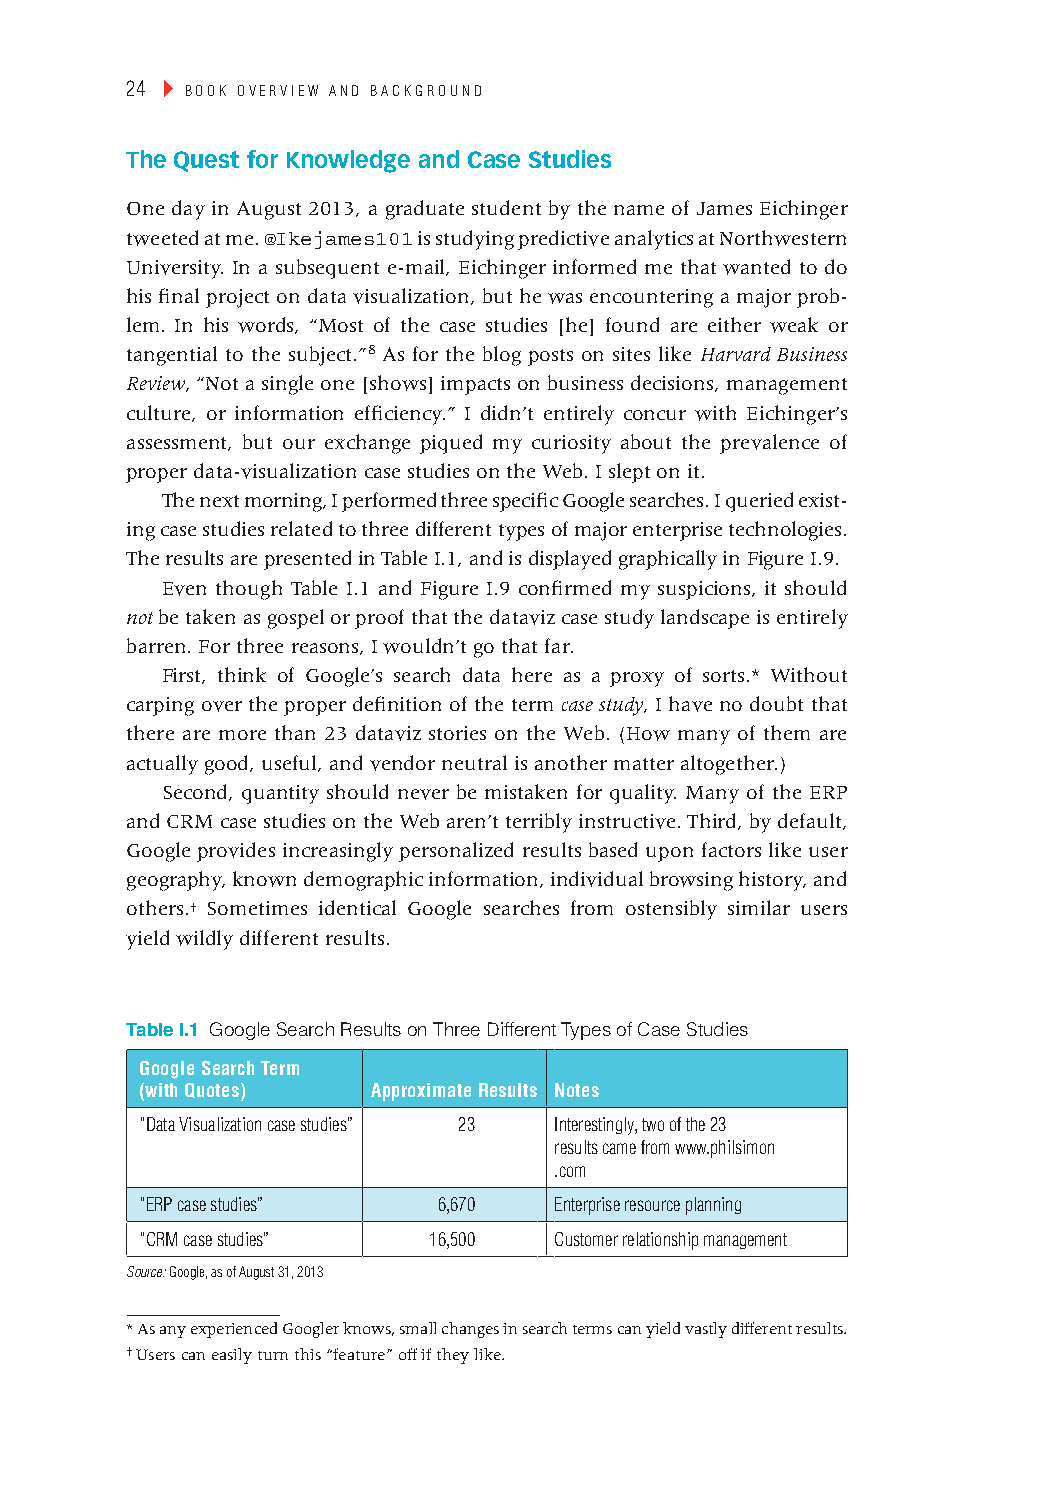
24 ▸ Book overview and Background
 the Quest for knowledge and case studies
 One day in August 2013, a graduate student by the name of James Eichinger
 tweeted at me. @Ikejames101 is studying predictive analytics at Northwestern
 University. In a subsequent e-mail, Eichinger informed me that wanted to do
 his final project on data visualization, but he was encountering a major prob-
 lem. In his words, “Most of the case studies [he] found are either weak or
 tangential to the subject.”8 As for the blog posts on sites like Harvard Business
 Review, “Not a single one [shows] impacts on business decisions, management
 culture, or information efficiency.” I didn’t entirely concur with Eichinger’s
 assessment, but our exchange piqued my curiosity about the prevalence of
 proper data-visualization case studies on the Web. I slept on it.
 The next morning, I performed three specific Google searches. I queried exist-
 ing case studies related to three different types of major enterprise technologies.
 The results are presented in Table I.1, and is displayed graphically in Figure I.9.
 Even though Table I.1 and Figure I.9 confirmed my suspicions, it should
 not be taken as gospel or proof that the dataviz case study landscape is entirely
 barren. For three reasons, I wouldn’t go that far.
 First, think of Google’s search data here as a proxy of sorts.* Without
 carping over the proper definition of the term case study, I have no doubt that
 there are more than 23 dataviz stories on the Web. (How many of them are
 actually good, useful, and vendor neutral is another matter altogether.)
 Second, quantity should never be mistaken for quality. Many of the ERP
 and CRM case studies on the Web aren’t terribly instructive. Third, by default,
 Google provides increasingly personalized results based upon factors like user
 geography, known demographic information, individual browsing history, and
 others.† Sometimes identical Google searches from ostensibly similar users
 yield wildly different results.
 Table I.1 Google Search Results on Three Different Types of Case Studies
 google search Term
 (with Quotes)  approximate results notes
 “data visualization case studies” 23 interestingly, two of the 23
 results came from www.philsimon
 .com
 “erP case studies” 6,670   enterprise resource planning
 “crM case studies” 16,500  customer relationship management
 Source: google, as of august 31, 2013
 * As any experienced Googler knows, small changes in search terms can yield vastly different results.
 † Users can easily turn this “feature” off if they like.
 cintro 24                                                 January 28, 2014 9:50 PM